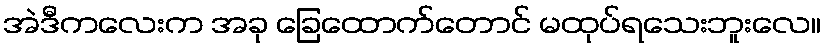
အဲဒီကလေးက အခု ခြေထောက်တောင် မထုပ်ရသေးဘူးလေ။